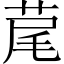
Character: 荱